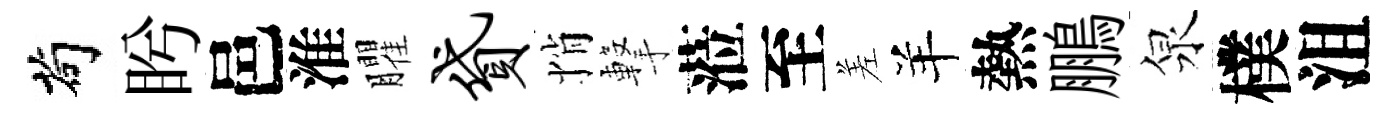
茍盻邑淮臞贷悄撃蒞至差羊熱鵬泉樸沮